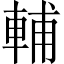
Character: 輔